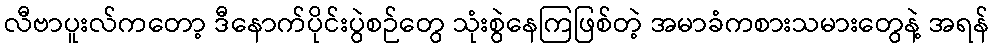
လီဗာပူးလ်ကတော့ ဒီနောက်ပိုင်းပွဲစဉ်တွေ သုံးစွဲနေကြဖြစ်တဲ့ အမာခံကစားသမားတွေနဲ့ အရန်